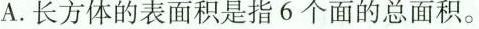
A.长方体的表面积是指6个面的总面积。